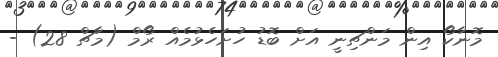
މޮނާކޯ އިން މަންޗިނީ އަށް ބޮޑު ހުށަހެޅުމެއް ރޯމް (މާޗް 28) -